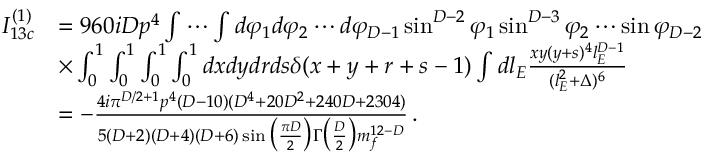
\begin{array} { r l } { I _ { 1 3 c } ^ { ( 1 ) } } & { = 9 6 0 i D p ^ { 4 } \int \cdots \int d \varphi _ { 1 } d \varphi _ { 2 } \cdots d \varphi _ { D - 1 } \sin ^ { D - 2 } \varphi _ { 1 } \sin ^ { D - 3 } \varphi _ { 2 } \cdots \sin \varphi _ { D - 2 } } \\ & { \times \int _ { 0 } ^ { 1 } \int _ { 0 } ^ { 1 } \int _ { 0 } ^ { 1 } \int _ { 0 } ^ { 1 } d x d y d r d s \delta ( x + y + r + s - 1 ) \int d l _ { E } \frac { x y ( y + s ) ^ { 4 } l _ { E } ^ { D - 1 } } { ( l _ { E } ^ { 2 } + \Delta ) ^ { 6 } } } \\ & { = - \frac { 4 i \pi ^ { D / 2 + 1 } p ^ { 4 } ( D - 1 0 ) ( D ^ { 4 } + 2 0 D ^ { 2 } + 2 4 0 D + 2 3 0 4 ) } { 5 ( D + 2 ) ( D + 4 ) ( D + 6 ) \sin \big ( \frac { \pi D } { 2 } \big ) \Gamma \big ( \frac { D } { 2 } \big ) m _ { f } ^ { 1 2 - D } } \, . } \end{array}